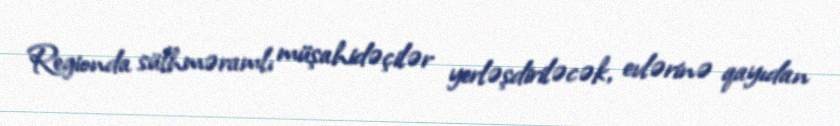
Regionda sülhməramlı müşahidəçilər yerləşdiriləcək, evlərinə qayıdan